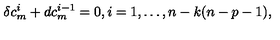
\delta c _ { m } ^ { i } + d c _ { m } ^ { i - 1 } = 0 , i = 1 , \dots , n - k ( n - p - 1 ) ,